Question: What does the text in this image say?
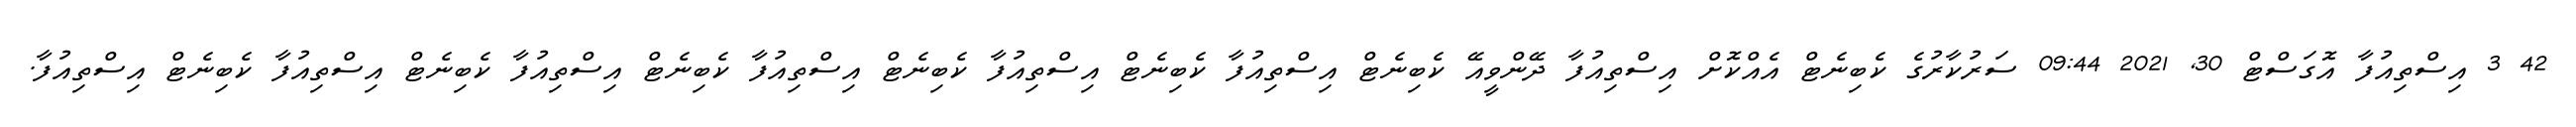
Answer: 42 3 އިސްތިއުފާ އޮގަސްޓް 30, 2021 09:44 ސަރުކާރުގެ ކެބިނެޓް އެއްކޮށް އިސްތިއުފާ ދޭންވީއޭ ކެބިނެޓް އިސްތިއުފާ ކެބިނެޓް އިސްތިއުފާ ކެބިނެޓް އިސްތިއުފާ ކެބިނެޓް އިސްތިއުފާ ކެބިނެޓް އިސްތިއުފާ ކެބިނެޓް އިސްތިއުފާ.